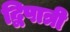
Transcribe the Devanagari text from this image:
द्विपात्री